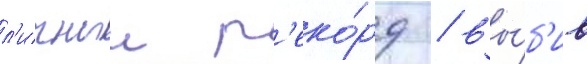
л'ичныи р'еко́рд / вы́б'ив